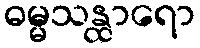
ဓမ္မသန္ထာရော